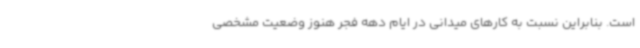
است. بنابراین نسبت به کارهای میدانی در ایام دهه فجر هنوز وضعیت مشخصی